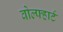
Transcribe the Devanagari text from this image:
वोल्फ्हार्ट